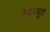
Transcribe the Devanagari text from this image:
सुडड्यूश